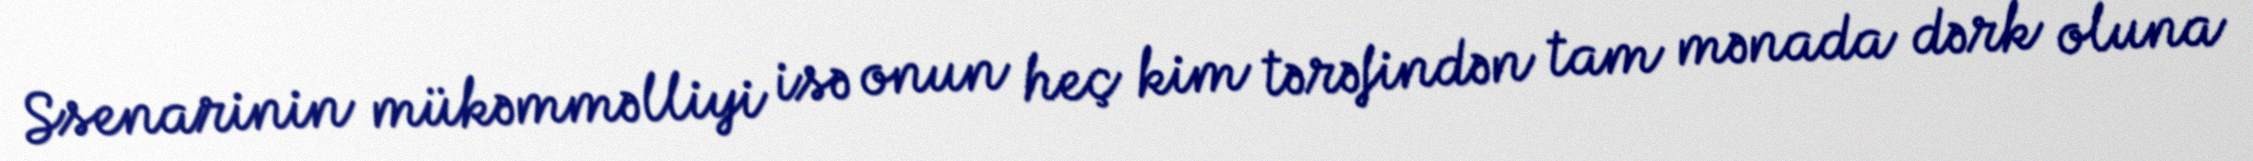
Ssenarinin mükəmməlliyi isə onun heç kim tərəfindən tam mənada dərk oluna